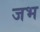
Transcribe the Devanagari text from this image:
जभ